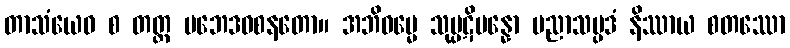
တာသံယေဝ စ တတ္ထ ပဘေဒဝစနတော။ အဘိဓမ္မေ သုပ္ပဋိပန္နော ပညာသမ္ပဒံ နိဿာယ စတဿော